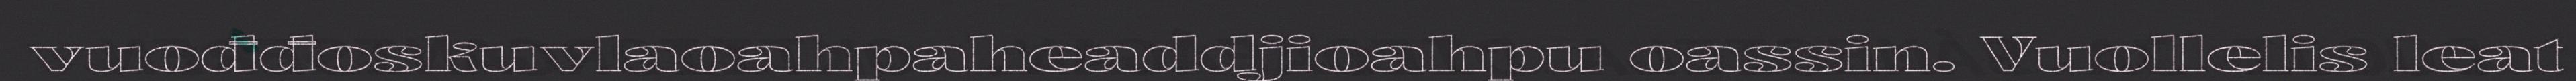
vuođđoskuvlaoahpaheaddjioahpu oassin. Vuollelis leat